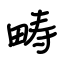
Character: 畴